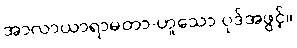
အာလာယာရာမတာ-ဟူသော ပုဒ်အဖွင့်။